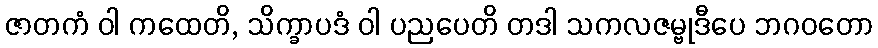
ဇာတကံ ဝါ ကထေတိ, သိက္ခာပဒံ ဝါ ပညပေတိ တဒါ သကလဇမ္ဗုဒီပေ ဘဂဝတော